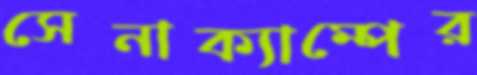
সেনাক্যাম্পের